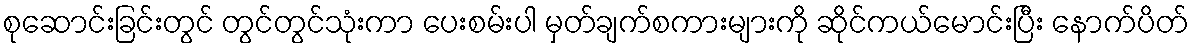
စုဆောင်းခြင်းတွင် တွင်တွင်သုံးကာ ပေးစမ်းပါ မှတ်ချက်စကားများကို ဆိုင်ကယ်မောင်းပြီး နောက်ပိတ်